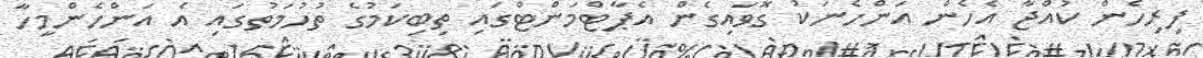
ފިރިހެން ކުއްޖާ އެހެން އަންހެނަކު ގޮވައިގެން އެޕާޓްމަންޓްގައި ތިބިކަމުގެ ތުހުމަތުގައި އެ އަންހެންމީހާ